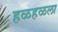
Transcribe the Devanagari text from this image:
हळहळला